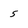
Character: 5